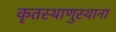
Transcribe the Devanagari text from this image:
कृतस्थाणुस्थाना